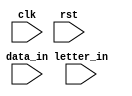
//************************************
//	Designed by:	Wenyi Xu
//	Last updated:	15/10/21
//************************************

module word_com(clk, rst, data_in, letter_in);
	
	parameter letter_size = 8; 
	parameter word_length = 128;	// 128-bit   128/8 = 16 letters in one word
	parameter word_num	  = 63;		// This value affects the row_pt
	
	// FSM parameters	
	parameter START		= 4'b0000;
	parameter IDLE 		= 4'b0001; 
	parameter COMBINE	= 4'b0010;
	
	input clk;
	input rst;	
	input data_in;		// When data_in==1 COMBINE, when data_in==0 IDLE
	
	input [letter_size-1:0] letter_in;		// The incoming letters		
	
//	output reg out_en;					// Tell te key_comp that word_com is sending data out
//	output reg [31:0] data_out;			// Output 32-bit data to key_comp
	
	reg [word_length-1:0] mem_word [word_num-1:0];		// The internal mem to store the combined words 
	reg [5:0] row_pt;			// Needs to point from 0 to 63	
	reg [7:0] col_pt;			// Needs to point from 0 to 127	 and some margin 
	reg [6:0] i;				// Index the mem_word
	
	reg [3:0] current_state;
	reg [3:0] next_state; 
	
//	reg data_in_reg;
	
//	always@(posedge clk or negedge rst)
//		if(!rst)
//			data_in_reg <= 0;
//		else
//			data_in_reg <= data_in;
	
	always@(posedge clk or negedge rst)	
		if(!rst)
			current_state <= START;
		else
			current_state <= next_state;
			
	always@*	  
		begin
			case(current_state)	
				START:	begin  
					if(data_in == 1)	next_state = COMBINE;
					else	next_state = START;
					end
				IDLE:	begin  
					if(data_in == 1)	next_state = COMBINE;
					else	next_state = IDLE;	
					end	
				COMBINE: begin 
					if(data_in == 0)	next_state = IDLE;
					else	next_state = COMBINE;
					end
				default: begin	
					next_state = START;
					end
			endcase
		end	  
		
	always@(posedge clk)
		case(current_state)
			START: begin 
				row_pt <= 0;
				col_pt <= 0;	  
				//mem_word[0] = 128'b0;
				for(i=0; i<=63; i=i+1)
					mem_word[i] <= 128'b0; 
			end
			IDLE: begin
			end	  
			COMBINE: begin	  
				if( (letter_in==8'h00)&&(col_pt==0)) begin
					row_pt <= row_pt;	
				end
				else if ( (letter_in==8'h00)&&(col_pt!=0) ) begin	 
					// Start from a new row, combine a new word.
					row_pt <= row_pt + 1; 
					col_pt <= 0;
				end	
				else if (col_pt == 128) begin
					row_pt <= row_pt + 1;
					col_pt <= 0;
				end
				else if(data_in == 1) begin
					mem_word[row_pt] <= mem_word[row_pt] + (letter_in<<col_pt);	  
					col_pt <= col_pt + 8;
				end
				else begin
				end
			end
			default: begin
			end
		endcase
	
	
	
	
	
	
	
	
	
endmodule